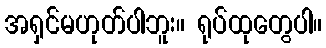
အရှင်မဟုတ်ပါဘူး။ ရုပ်ထုတွေပါ။